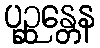
ပုဉ္ဆန္တေန